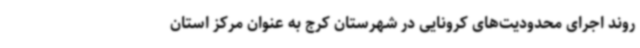
روند اجرای محدودیت‌های کرونایی در شهرستان کرج به عنوان مرکز استان